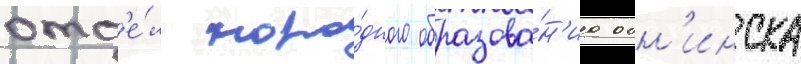
отд'е́л наро́дного образова́н'иа обн'инска